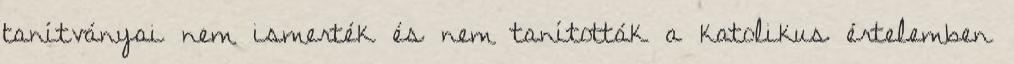
tanítványai nem ismerték és nem tanították a katolikus értelemben